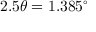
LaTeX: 2 . 5 \theta = 1 . 3 8 5 ^ { \circ }